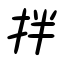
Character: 拌